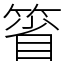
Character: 箵